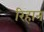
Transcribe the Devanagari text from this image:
रिहान